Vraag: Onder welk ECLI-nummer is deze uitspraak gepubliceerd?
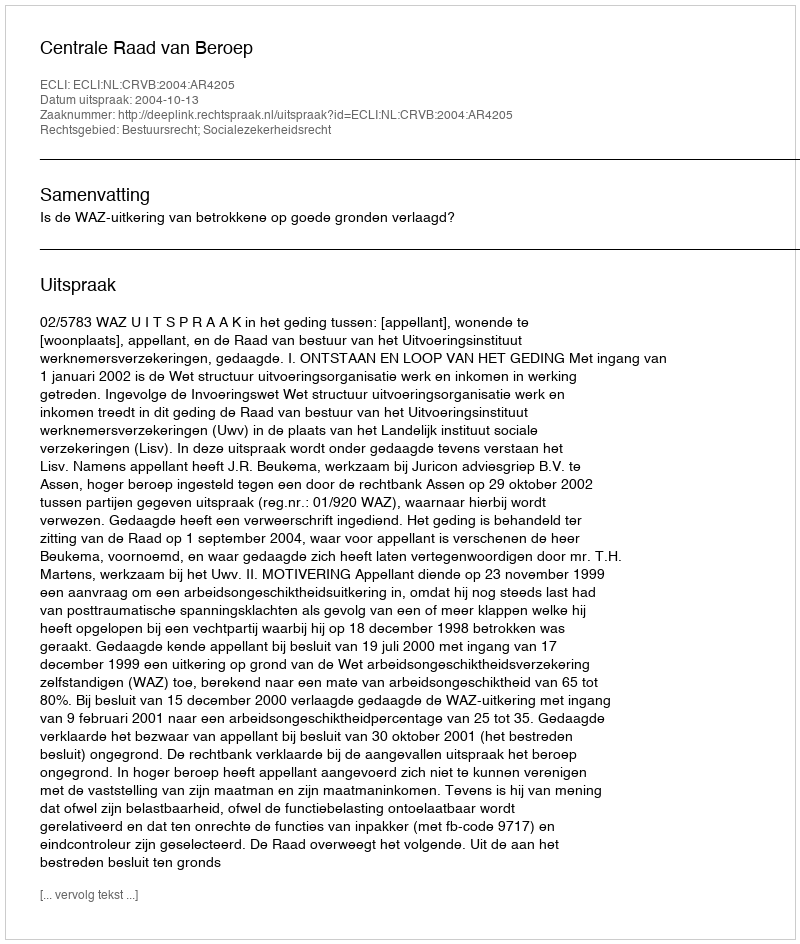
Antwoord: ECLI:NL:CRVB:2004:AR4205